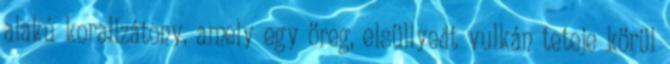
alakú korallzátony, amely egy öreg, elsüllyedt vulkán teteje körül